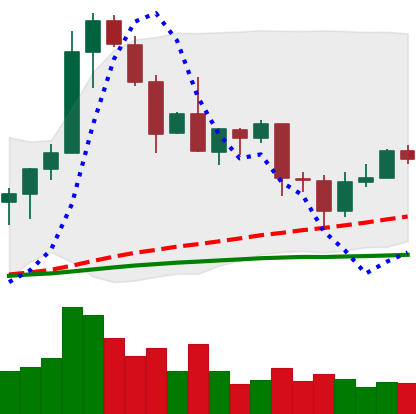
Ticker: EOS-USD
Chart end date: 2020-08-31
Forward return: -9.055%
Label: down_7plus